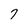
Character: 7